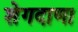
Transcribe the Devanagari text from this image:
शेगदाणा